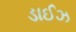
ડાઈઝ